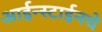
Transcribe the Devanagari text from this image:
आईन्स्टाईनचे